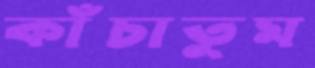
কাঁচাতুম